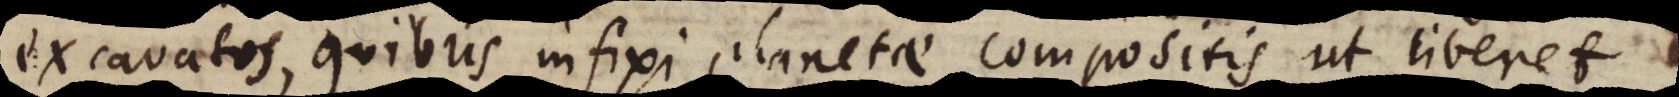
excavatos, quibus infixi planetae compositis ut liberet